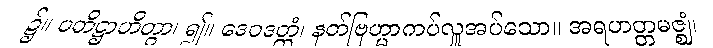
၌။ ပတိဋ္ဌာဟိတွာ၊ ၍။ ဒေဝဒတ္တံ၊ နတ်ဗြဟ္မာကပ်လှူအပ်သော။ အရဟတ္တမဇ္ဈံ၊